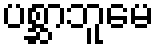
ပစ္ဆာဘူမေ